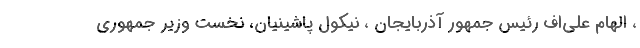
، الهام علی‌اف رئیس جمهور آذربایجان ، نیکول پاشینیان، نخست وزیر جمهوری